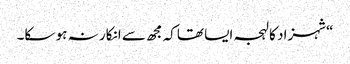
“شہزاد کا لہجہ ایسا تھاکہ مجھ سے انکار نہ ہو سکا۔